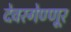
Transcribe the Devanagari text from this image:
देवरगेण्णूर